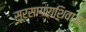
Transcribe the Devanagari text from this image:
सूरसागराशिवाय